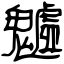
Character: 魖